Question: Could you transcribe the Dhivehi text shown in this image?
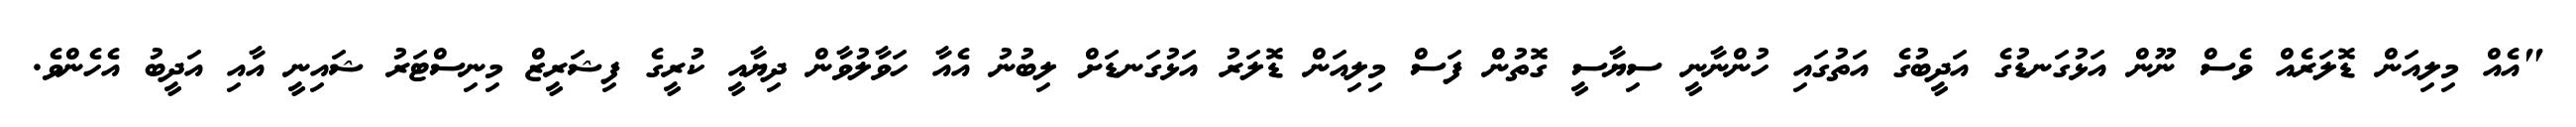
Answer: "އެއް މިލިއަން ޑޮލަރެއް ވެސް ނޫން އަޅުގަނޑުގެ އަދީބުގެ އަތުގައި ހުންނާނީ ސިޔާސީ ގޮތުން ފަސް މިލިއަން ޑޮލަރު އަޅުގަނޑަށް ލިބުނު އެއާ ހަވާލުވާން ދިޔާއީ ކުރީގެ ފިޝަރީޒް މިނިސްޓަރު ޝައިނީ އާއި އަދީބު އެހެންވެ.